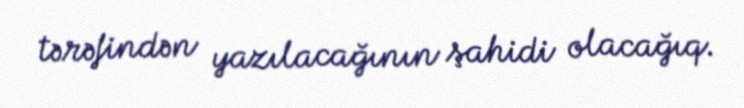
tərəfindən yazılacağının şahidi olacağıq.